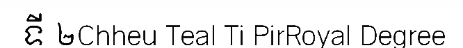
ទី ២Chheu Teal Ti PirRoyal Degree